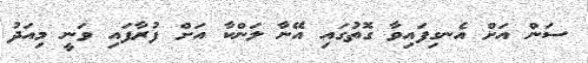
ސަން އަށް އެނގިފައިވާ ގޮތުގައި އޭނާ ލަންކާ އަށް ފުރާފައި ވަނީ މިއަދު